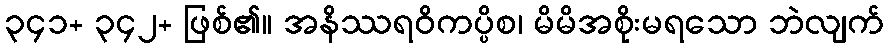
၃၄၁+ ၃၄၂+ ဖြစ်၏။ အနိဿရဝိကပ္ပိစ၊ မိမိအစိုးမရသော ဘဲလျက်